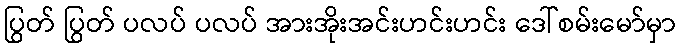
ပြွတ် ပြွတ် ပလပ် ပလပ် အားအိုးအင်းဟင်းဟင်း ဒေါ်စမ်းမော်မှာ